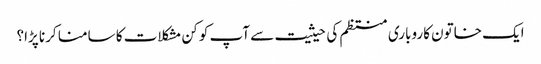
ایک خاتون کاروباری منتظم کی حیثیت سے آپ کو کن مشکلات کا سامنا کرنا پڑا؟